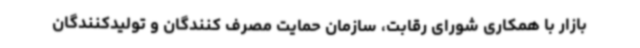
بازار با همکاری شورای رقابت، سازمان حمایت مصرف کنندگان و تولیدکنندگان